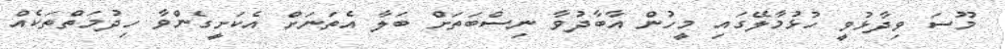
މޫސަ ވިދާޅުވީ ހުޅުމާލޭގައި މީހުން އާބާދުވާ ނިސްބަތަށް ބަލާ އެތަނަށް އެކަށީގެންވާ ހިދުމަތްތަކެއް